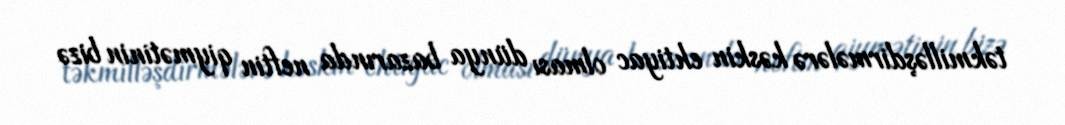
təkmilləşdirmələrə kəskin ehtiyac olması dünya bazarında neftin qiymətinin bizə